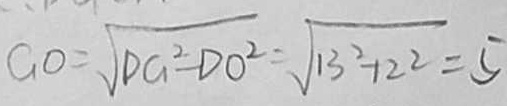
G O = \sqrt { D G ^ { 2 } - D O ^ { 2 } } = \sqrt { 1 3 ^ { 2 } - 1 2 ^ { 2 } } = 5